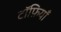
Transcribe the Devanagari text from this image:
टॉफ़ियाँ